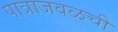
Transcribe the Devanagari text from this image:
पात्राजवळची